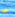
فى